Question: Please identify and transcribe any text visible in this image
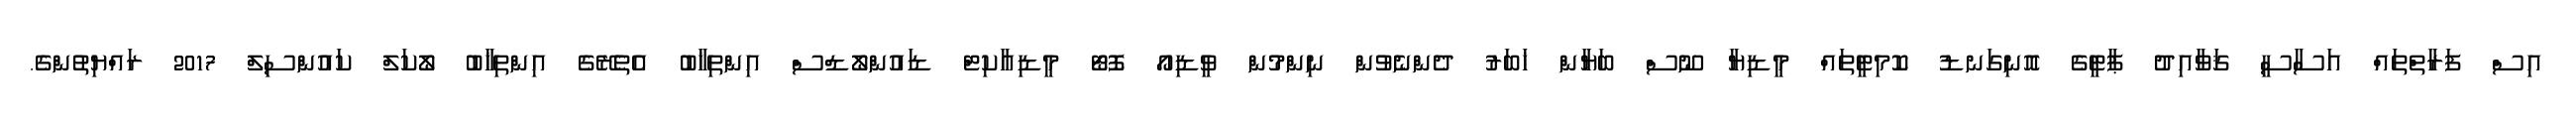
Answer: އިސް ފަރާތްތައް އަސާސީ ޤަވާއިދު ޕާޓީގެ އޮނިގަނޑު ކޮމިޓީތައް މީޑިޔާ ނޫސް ބަޔާން ޚަބަރު ދެންނެވުން ނިންމުން ވީޑިއޯ ފޮޓޯ މީޑިއާކިޓް ޑައުންލޯޑްސް އިންތިޚާބު އެތެރޭގެ އިންތިޚާބު ލޯކަލް ކައުންސިލް 2017 ރައްޔިތުންގެ.